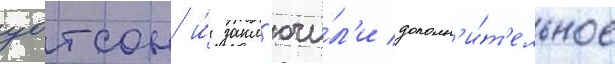
уотсон и́ закл'ючи́л'и дополн'и́т'ельное